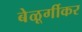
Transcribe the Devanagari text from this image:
बेळूर्गीकर